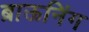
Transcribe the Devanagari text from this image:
ब्राऊनिंग